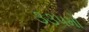
૩૩૫મો